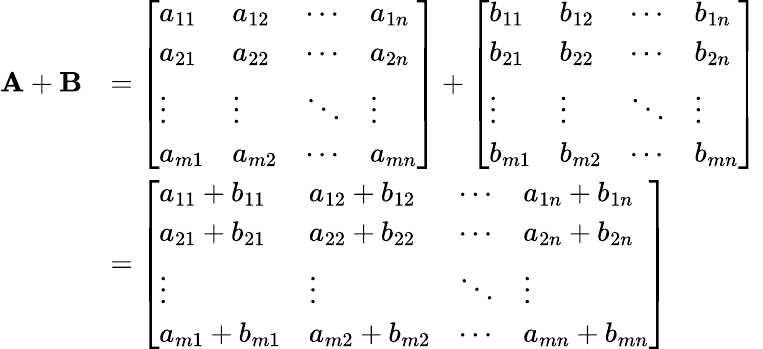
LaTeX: {\begin{array}{rl}{\mathbf{A}+\mathbf{B}}&{={\left[\begin{array}{llll}{a_{11}}&{a_{12}}&{\cdots}&{a_{1n}}\\ {a_{21}}&{a_{22}}&{\cdots}&{a_{2n}}\\ {\vdots}&{\vdots}&{\ddots}&{\vdots}\\ {a_{m1}}&{a_{m2}}&{\cdots}&{a_{mn}}\end{array}\right]}+{\left[\begin{array}{llll}{b_{11}}&{b_{12}}&{\cdots}&{b_{1n}}\\ {b_{21}}&{b_{22}}&{\cdots}&{b_{2n}}\\ {\vdots}&{\vdots}&{\ddots}&{\vdots}\\ {b_{m1}}&{b_{m2}}&{\cdots}&{b_{mn}}\end{array}\right]}}\\ &{={\left[\begin{array}{llll}{a_{11}+b_{11}}&{a_{12}+b_{12}}&{\cdots}&{a_{1n}+b_{1n}}\\ {a_{21}+b_{21}}&{a_{22}+b_{22}}&{\cdots}&{a_{2n}+b_{2n}}\\ {\vdots}&{\vdots}&{\ddots}&{\vdots}\\ {a_{m1}+b_{m1}}&{a_{m2}+b_{m2}}&{\cdots}&{a_{mn}+b_{mn}}\end{array}\right]}}\end{array}}\,